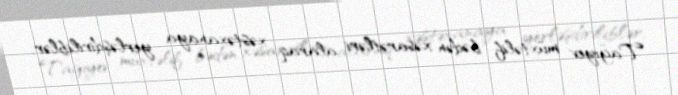
Tağıyev müxtəlif bədən xəsarətləri alaraq xəstəxanaya yerləşdiriliblər.